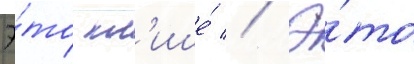
Э́то кл'ише́ // Э́то